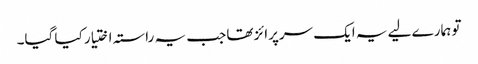
تو ہمارے لیے یہ ایک سرپرائز تھا جب یہ راستہ اختیار کیا گیا۔